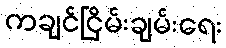
ကချင်ငြိမ်းချမ်းရေး